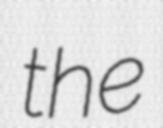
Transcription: the